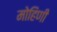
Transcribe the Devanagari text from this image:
मोहिणी